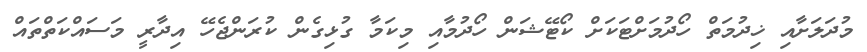
މުދަލަށާއި ޚިދުމަތް ހޯދުމަށްޓަކަށް ކޯޓޭޝަން ހޯދުމާއި މިކަމާ ގުޅިގެން ކުރަންޖެހޭ އިދާރީ މަސައްކަތްތައް